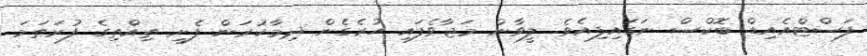
ފަސްޓްއެއިޑް ބޮކްސް ނަގައިފިއެވެ. ލީވާން މަޖާވެފައި ހުރެގެން ދިމާކުރަން ފެށީ ތިއްތިގެ ފުރަތަމަ